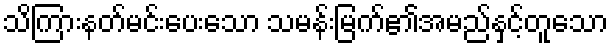
သိကြားနတ်မင်းပေးသော သမန်းမြက်၏အမည်နှင့်တူသော